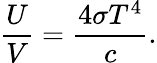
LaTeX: {\frac{U}{V}}={\frac{4\sigma T^{4}}{c}}.